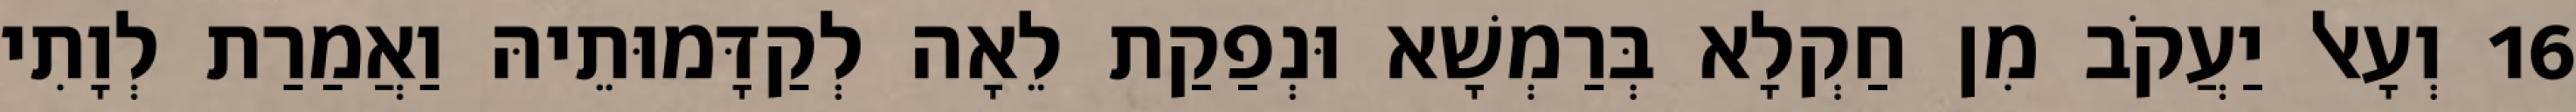
16 וְעָאל יַעֲקֹב מִן חַקְלָא בְּרַמְשָׁא וּנְפַקַת לֵאָה לְקַדָּמוּתֵיהּ וַאֲמַרַת לְוָתִי